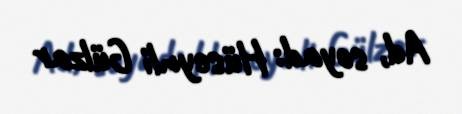
Ad, soyad: Hüseynli Gülzar